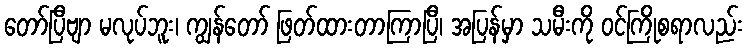
တော်ပြီဗျာ မလုပ်ဘူး၊ ကျွန်တော် ဖြတ်ထားတာကြာပြီ၊ အပြန်မှာ သမီးကို ဝင်ကြိုစရာလည်း